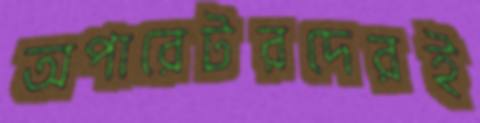
অপারেটরদেরই